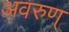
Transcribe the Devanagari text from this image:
अवरुण्